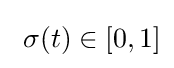
\textstyle \ \sigma (t)\in [0,1]